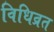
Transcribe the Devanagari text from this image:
विधिव्रत